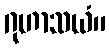
ဂုဟာသယံ။